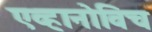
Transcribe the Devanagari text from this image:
एव्हानोविच